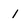
Character: 1